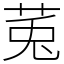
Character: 𫟏